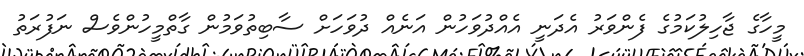
މީހާގެ ޖާހިލުކަމުގެ ފެންވަރު އެދަނީ އެއްދުވަހުން އަނެއް ދުވަހަށް ސާބިތުވަމުން ގާތްމީހުންވެސް ނަފުރަތު